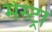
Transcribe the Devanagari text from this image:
मेस्ट्रा